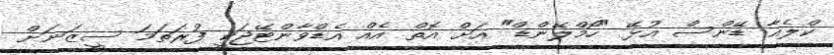
ކްލެއާ ޑޭންސް އުޅޭ "ހޯމްލޭންޑް" އަށް އޮތް އެއް އެޑްވާންޓޭޖަކީ ފުރަތަމަ ސީޒަނަށް